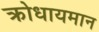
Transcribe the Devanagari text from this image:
क्रोधायमान